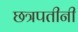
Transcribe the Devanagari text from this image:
छत्रपतीनी